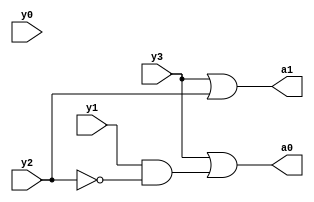
`timescale 1ns / 1ps
//////////////////////////////////////////////////////////////////////////////////
// Company: 
// Engineer: 
// 
// Design Name: 
// Module Name:    ENCODERB 
// Project Name: 
// Target Devices: 
// Tool versions: 
// Description: 
//
// Dependencies: 
//
// Revision: 
// Revision 0.01 - File Created
// Additional Comments: 
//
//////////////////////////////////////////////////////////////////////////////////
module ENCODERB(a0,a1,y0,y1,y2,y3);
  input y0;
  input y1;
  input y2;
  input y3;
  output reg a0,a1;
  always@(y0,y1,y2,y3)
  begin
  a1=y3|y2;
  a0=y3|(y1&~y2);
  end
    
	 


endmodule